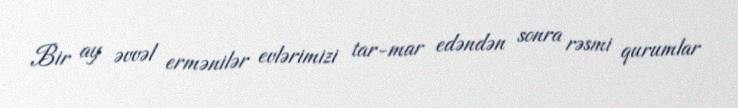
Bir ay əvvəl ermənilər evlərimizi tar-mar edəndən sonra rəsmi qurumlar